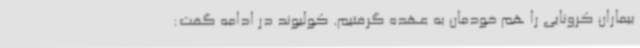
بیماران کرونایی را هم خودمان به عهده گرفتیم. کولیوند در ادامه گفت: